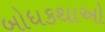
બોધકથાઓ